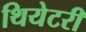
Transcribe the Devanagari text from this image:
थियेटरी